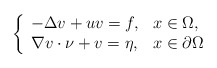
\begin{align*} \left\{\begin{array}{ll} -\Delta v+uv=f, &x\in\Omega,\\ \nabla v\cdot \nu+v= \eta, &x\in\partial\Omega\end{array}\right.\end{align*}